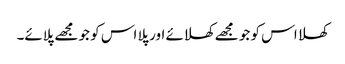
کھلا اس کو جو مجھے کھلائے اور پلا اس کو جو مجھے پلائے۔